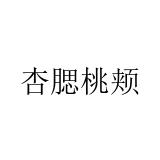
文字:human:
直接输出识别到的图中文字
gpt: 杏腮桃颊